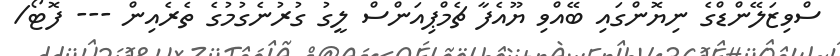
ސްވިޒަލޭންޑްގެ ނިޔޮންގައި ބޭއްވި ޔޫއެފާ ޗެމްޕިއަންސް ލީގު ގުރުނެގުމުގެ ތެރެއިން --- ފޮޓޯ/